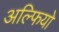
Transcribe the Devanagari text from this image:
अल्फियो